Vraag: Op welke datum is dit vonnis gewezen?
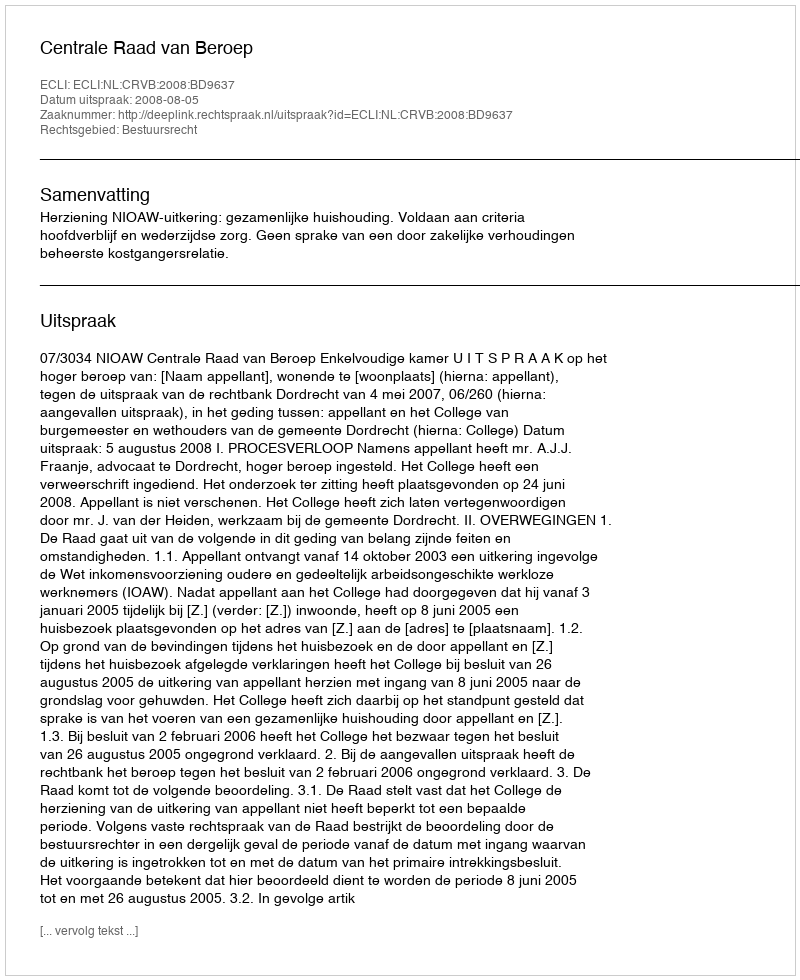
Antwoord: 2008-08-05